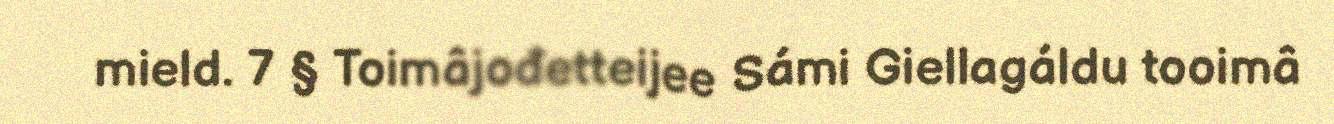
mield. 7 § Toimâjođetteijee Sámi Giellagáldu tooimâ